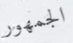
الجمهور